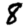
Digit: 8